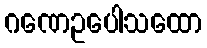
ဂဏေဥပေါသထော